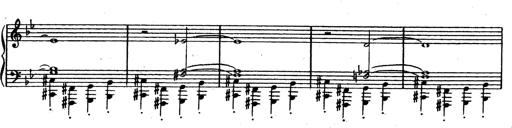
Title: Trauervorspiel und Trauermarsch
Composer: Franz Liszt